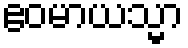
ဧဝမာယသ္မာ